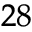
^ { 2 8 }